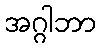
အဂ္ဂါဘာ